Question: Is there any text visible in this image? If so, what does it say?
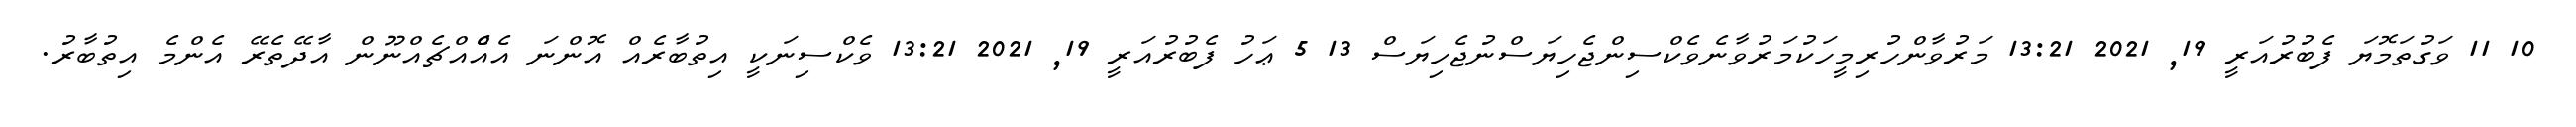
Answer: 10 11 ވަގުތަމޮޔަ ފެބުރުއަރީ 19, 2021 13:21 މަރުވާންހުރިމީހަކުމަރުވާނެވެކްސިންޖެހިޔަސްނުޖެހިޔަސް 13 5 ޢަހު ފެބުރުއަރީ 19, 2021 13:21 ވެކްސިނަކީ އިތުބާރެއް އޮންނަ އެއްެއްޗެއްނޫން އާދޭތެރޭ އެންމެ އިތުބާރު.